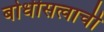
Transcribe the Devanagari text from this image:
बोधीसत्वाची